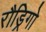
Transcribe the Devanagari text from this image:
रौड्रिगो